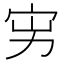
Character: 𡧚